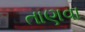
તાણવા